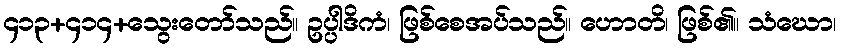
၄၁၃+၄၁၄+သွေးတော်သည်။ ဥပ္ပါဒိကံ၊ ဖြစ်စေအပ်သည်။ ဟောတိ၊ ဖြစ်၏။ သံဃော၊